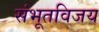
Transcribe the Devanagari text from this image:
संभूतविजय